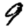
Digit: 9